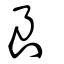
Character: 良